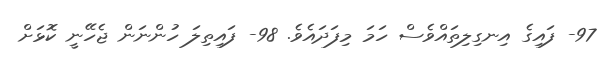
97- ފައިގެ އިނގިލިތައްވެސް ހަމަ މިފަދައެވެ. 98- ފައިތިލަ ހުންނަން ޖެހޭނީ ކޮޅަށް